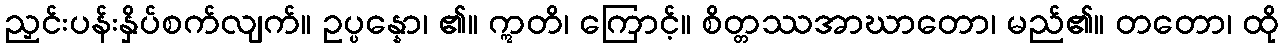
ညှင်းပန်းနှိပ်စက်လျက်။ ဥပ္ပန္နော၊ ၏။ ဣတိ၊ ကြောင့်။ စိတ္တဿအာဃာတော၊ မည်၏။ တတော၊ ထို